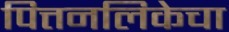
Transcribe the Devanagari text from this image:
पित्तनलिकेचा